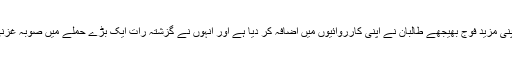
اس سے پہلے کہ امریکہ افغانستان میں اپنی مزید فوج بھیجھے طالبان نے اپنی کارروائیوں میں اضافہ کر دیا ہے اور انہوں نے گزشتہ رات ایک بڑے حملے میں صوبہ غزنی کے ضلع زنا خان پر قبضہ کر لیا ہے۔